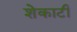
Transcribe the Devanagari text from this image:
शेकाटी